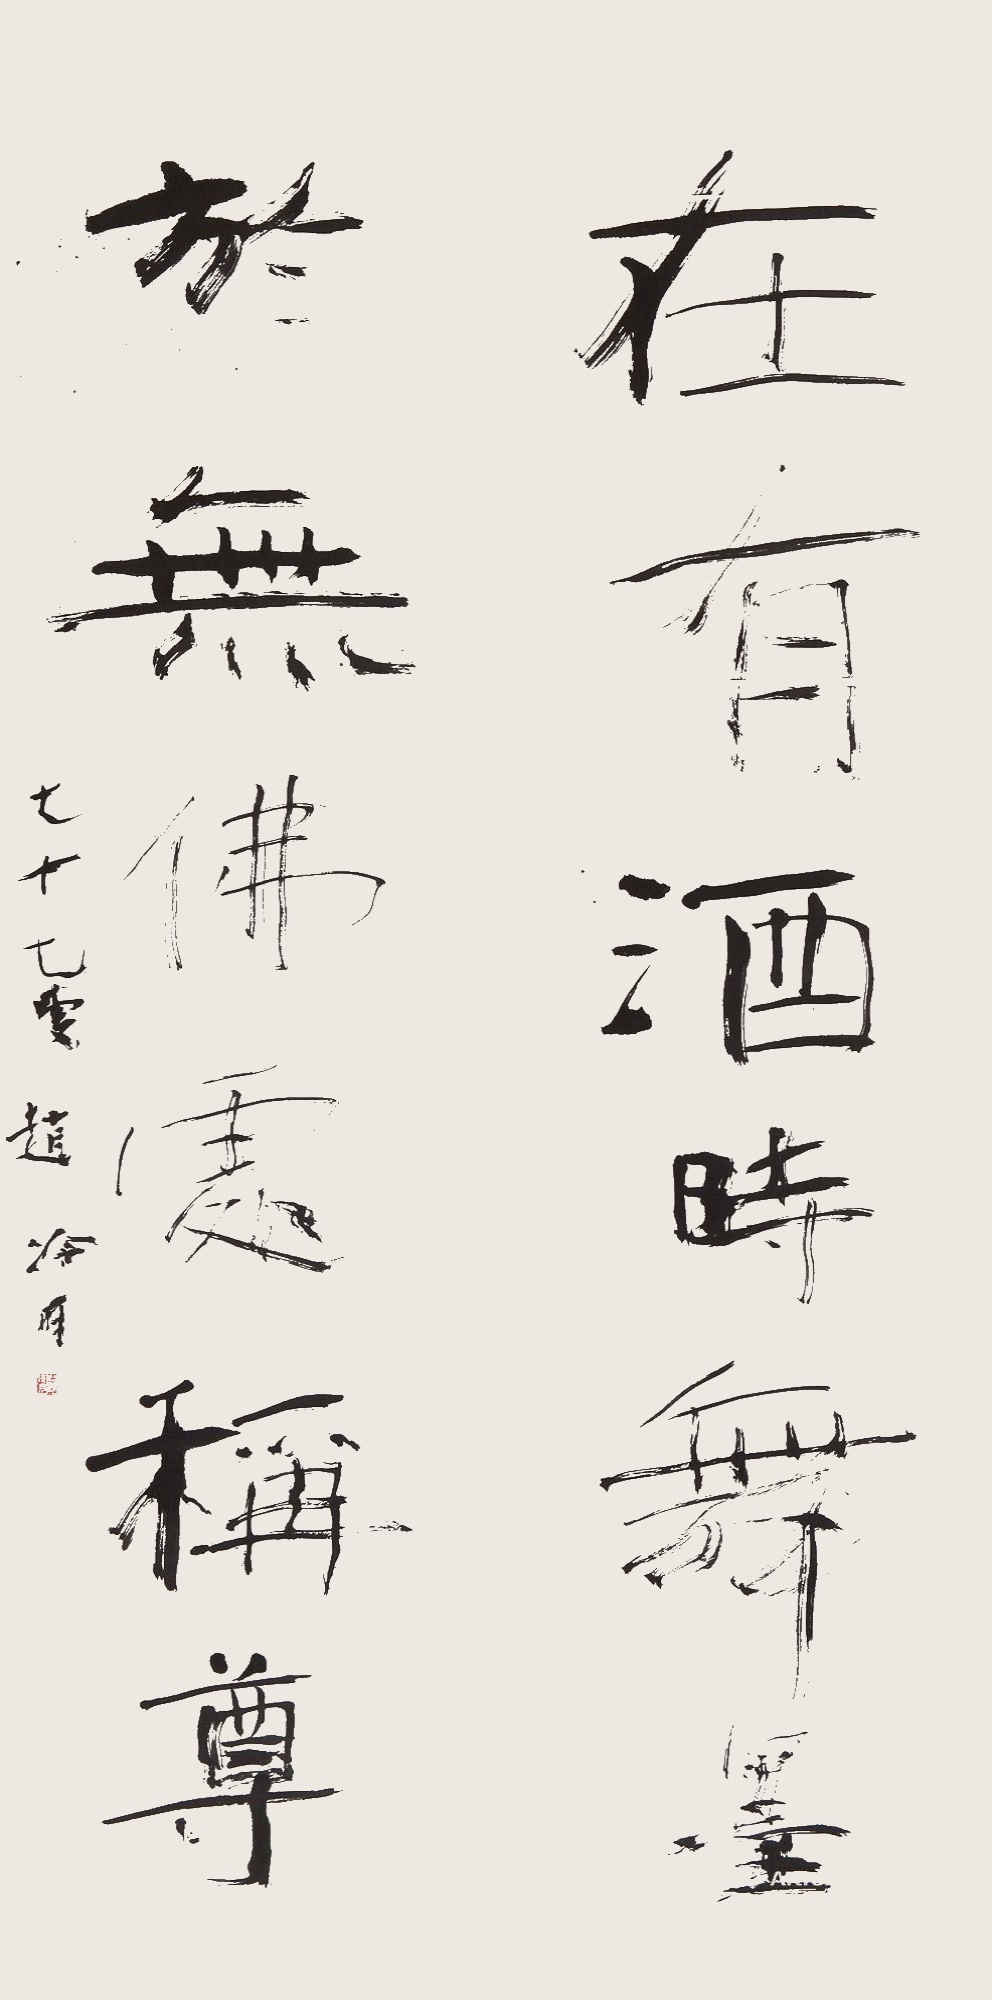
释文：在有酒时舞墨，于无佛处称尊。七十七叟，赵冷月。